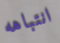
انتباهه